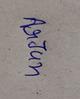
Signature authenticity: genuine